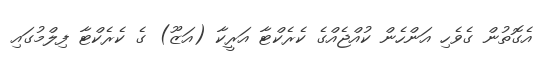
އެގޮތުން ގެވެހި އަންހެން ކުއްޖެއްގެ ކެރެކްޓާ އަރީކާ (އަޒޫ) ގެ ކެރެކްޓާ ފިލްމުގައި